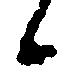
候